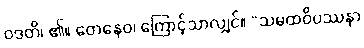
ဝဒတိ၊ ၏။ တေနေဝ၊ ကြောင့်သာလျှင်။ “သမထဝိပဿနာ